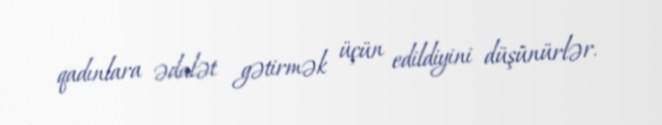
qadınlara ədalət gətirmək üçün edildiyini düşünürlər.